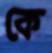
কে